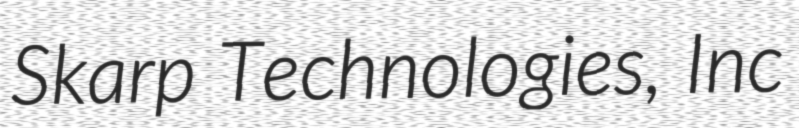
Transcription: Skarp Technologies, Inc